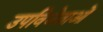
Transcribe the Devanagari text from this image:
उपविजेताओं